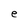
Character: e